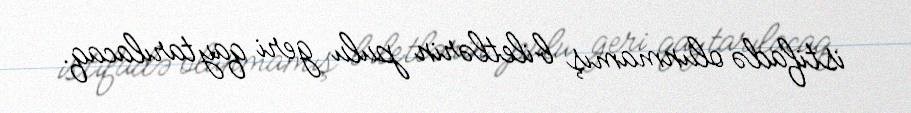
istifadə olunmamış biletlərin pulu geri qaytarılacaq.